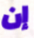
إن